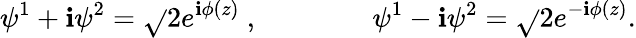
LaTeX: \psi^{1}+\mathbf{i}\psi^{2}=\sqrt{}{2}e^{\mathbf{i}\phi(z)}\ ,\qquad\qquad\psi^{1}-\mathbf{i}\psi^{2}=\sqrt{}{2}e^{-\mathbf{i}\phi(z)}.